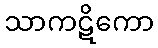
သာကဋိကော